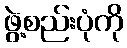
ဖွဲ့စည်းပုံကို